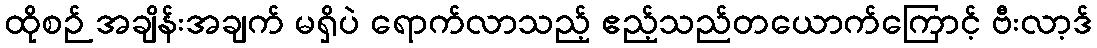
ထိုစဉ် အချိန်းအချက် မရှိပဲ ရောက်လာသည့် ဧည့်သည်တယောက်ကြောင့် ဗီးလာ့ဒ်